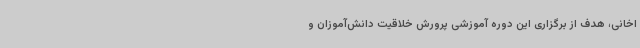
اخانی، هدف از برگزاری این دوره‌ آموزشی پرورش خلاقیت دانش‌آموزان و